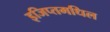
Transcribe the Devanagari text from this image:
इजिप्तमधिल